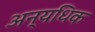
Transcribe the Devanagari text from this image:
अन्यधिक